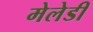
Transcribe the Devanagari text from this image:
मेलेडी